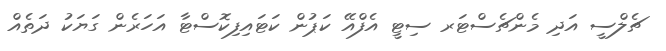
ޗެލްސީ އަދި މެންޗެސްޓަރ ސިޓީ އެފްއޭ ކަޕުން ކަޓައިފިކޮސްޓާ އަހަރެން ގަޔަކު ދަތެއް